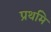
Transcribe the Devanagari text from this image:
प्रथमि